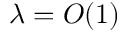
\lambda = { \cal O } ( 1 )